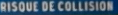
RISQUE DE COLLISION